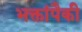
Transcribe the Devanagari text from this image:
भक्तांपैकी